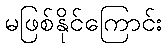
မဖြစ်နိုင်ကြောင်း